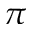
\pi